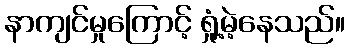
နာကျင်မှုကြောင့် ရှုံ့မဲ့နေသည်။